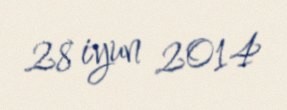
28 iyun 2014